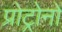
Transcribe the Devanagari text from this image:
प्रोट्रोनों